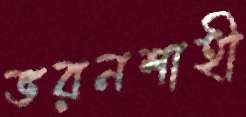
ভরনশাহী